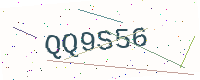
Text: QQ9S56